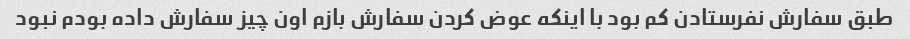
طبق سفارش نفرستادن کم بود با اینکه عوض کردن سفارش بازم اون چیز سفارش داده بودم نبود